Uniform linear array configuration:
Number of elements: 48
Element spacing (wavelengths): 0.75
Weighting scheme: uniform
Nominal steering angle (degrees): -60
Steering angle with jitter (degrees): -59.479
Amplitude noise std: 0.05
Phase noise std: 0.05

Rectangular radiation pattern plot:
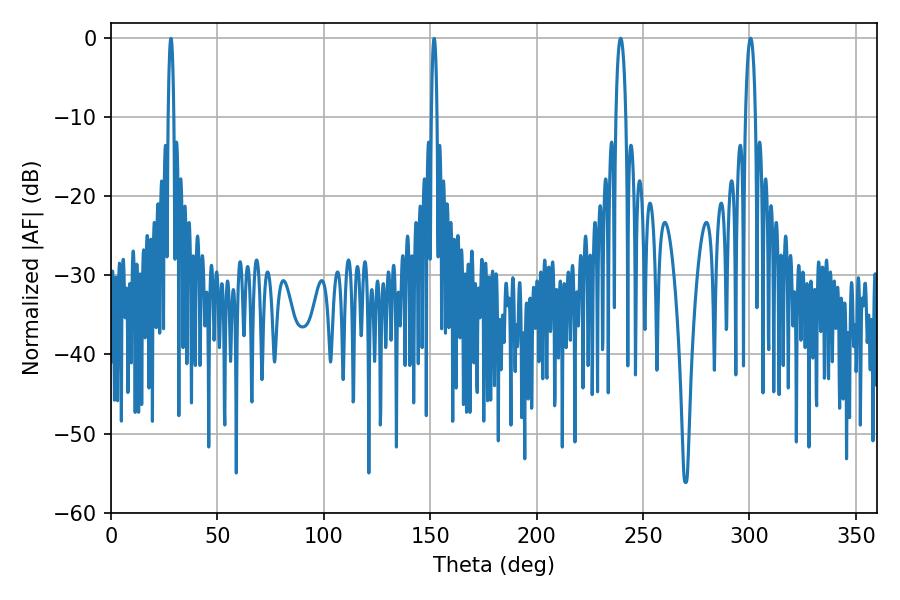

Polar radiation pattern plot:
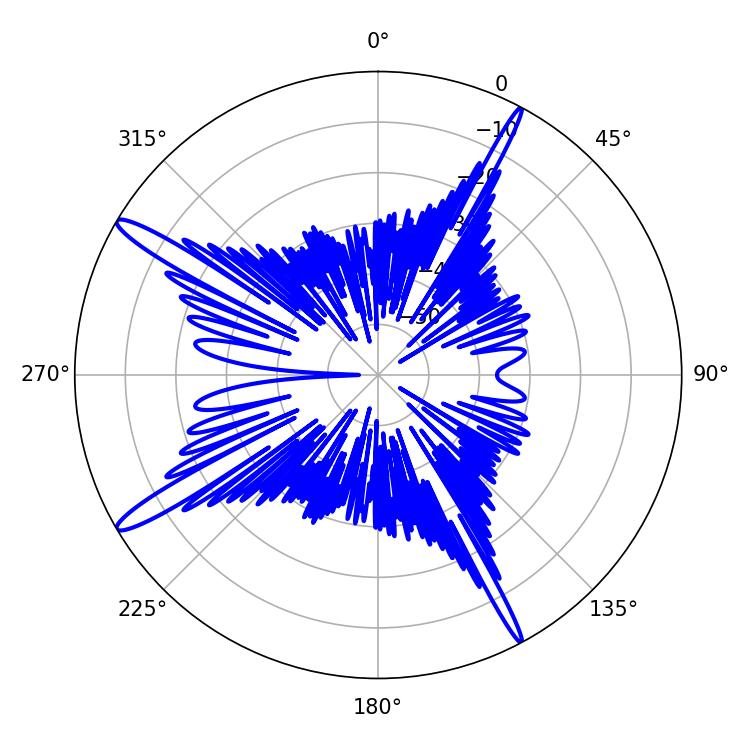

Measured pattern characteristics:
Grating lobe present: TRUE
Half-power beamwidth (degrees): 2.7
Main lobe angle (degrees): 239.4